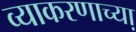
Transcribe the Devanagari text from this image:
व्याकरणाच्या़